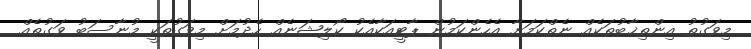
މިވަގުތު އިންތިޚާބުތަކެއް ނެތްކަމަށާ އެހެންކަމުން ޕާޓީއަކާއެކު ކޯލިޝަނެއް ހެދުމަށް މިވަގުތަކީ މުނާސަބު ވަގުތެއް